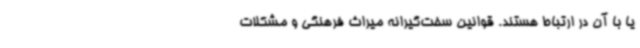
یا با آن در ارتباط هستند. قوانین سخت‌گیرانه میراث فرهنگی و مشکلات